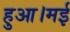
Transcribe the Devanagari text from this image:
हुआ।मई